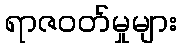
ရာဇဝတ်မှုများ